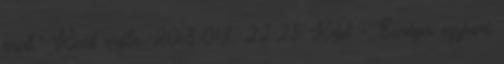
miatt." Kicsit erőlte. 2018.01.11. 22:23 Kelet - Európa egykori